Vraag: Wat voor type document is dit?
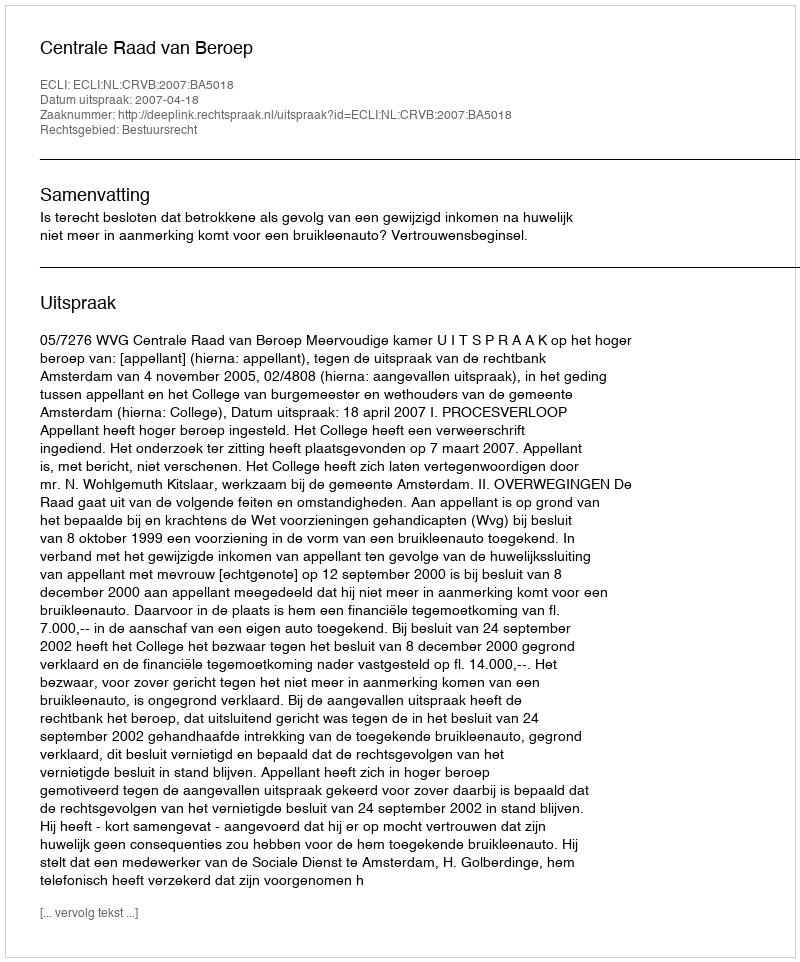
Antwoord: Uitspraak